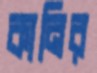
কানির